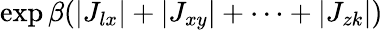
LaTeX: \exp\beta(|J_{lx}|+|J_{xy}|+\cdots+|J_{zk}|)